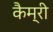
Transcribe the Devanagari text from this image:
कैम्री